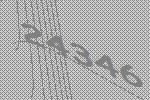
24346